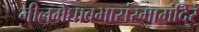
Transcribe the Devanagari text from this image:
नीलमेघावभासंरमामंदिरं